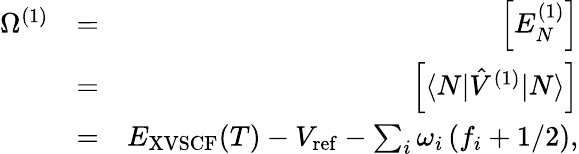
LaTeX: \begin{array}{rlr}{\Omega^{(1)}}&{=}&{\Big[E_{N}^{(1)}\Big]}\\ &{=}&{\Big[\langle N|\hat{V}^{(1)}|N\rangle\Big]}\\ &{=}&{E_{\mathrm{XVSCF}}(T)-V_{\mathrm{ref}}-\sum_{i}{\omega}_{i}\left(f_{i}+{1}/{2}\right),}\end{array}